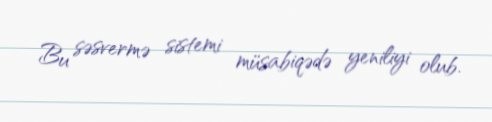
Bu səsvermə sistemi müsabiqədə yeniliyi olub.